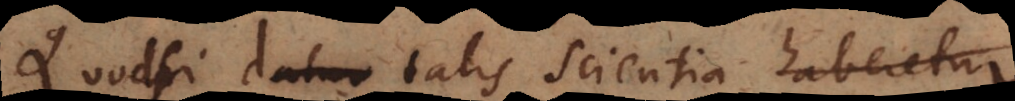
Quodsi datur talis scientia haberetur,